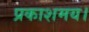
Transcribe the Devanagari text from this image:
प्रकाशमय।